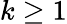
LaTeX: k\ge 1